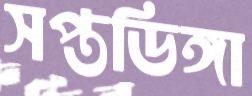
সপ্তডিঙ্গা